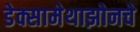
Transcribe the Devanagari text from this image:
डेक्सामेथाझोनचे